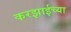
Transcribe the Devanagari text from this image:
करझाईच्या